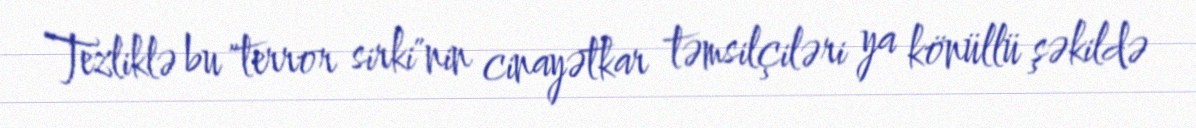
Tezliklə bu "terror sirki"nin cinayətkar təmsilçiləri ya könüllü şəkildə